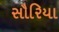
સૌરિયા